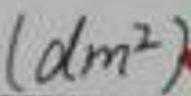
\((dm^{2})\)